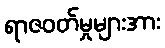
ရာဇဝတ်မှုများအား